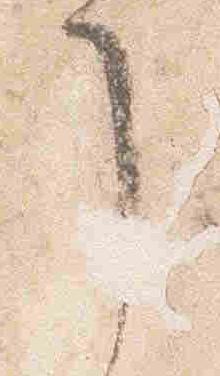
了